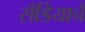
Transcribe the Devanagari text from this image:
सँडियाचे